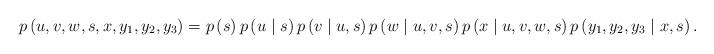
LaTeX: \begin{align*}p\left(u, v, w, s, x, y_1, y_2, y_3 \right)= p\left(s \right) p\left(u\mid s \right) p\left( v\mid u,s \right)p\left(w\mid u,v,s\right)p\left(x\mid u,v,w,s \right) p\left(y_1,y_2,y_3\mid x,s\right). \end{align*}